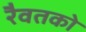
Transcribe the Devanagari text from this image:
रैवतको